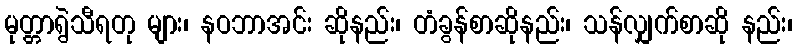
မုတ္တာရွဲသီရတု များ၊ နဝဘာအင်း ဆိုနည်း၊ တံခွန်စာဆိုနည်း၊ သန်လျှက်စာဆို နည်း၊